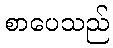
စာပေသည်